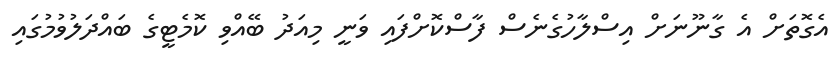
އެގޮތަށް އެ ގާނޫނަށް އިސްލާހުގެނެސް ފާސްކޮށްފައި ވަނީ މިއަދު ބޭއްވި ކޮމެޓީގެ ބައްދަލުވުމުގައި